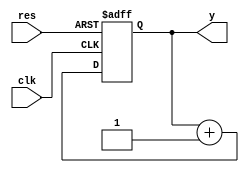
`timescale 1 ns/10 ps 
module con (clk,res,y);

input        clk;
input        res;
output[7:0]  y;
reg[7:0]     y;       //reg;
wire[7:0]    sum;     //+1 

assign       sum=y+1; //

always@(posedge clk or negedge res)

if (~res) begin 
    y<=0;  //res y
    end
else begin 

   y<=sum;  // ysum,

end 


endmodule